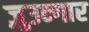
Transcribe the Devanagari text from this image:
ज़ुउन्गार